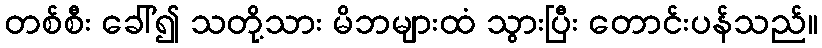
တစ်စီး ခေါ်၍ သတို့သား မိဘများထံ သွားပြီး တောင်းပန်သည်။